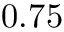
0 . 7 5